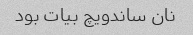
نان ساندویچ بیات بود